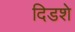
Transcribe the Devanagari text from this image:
दिडशे